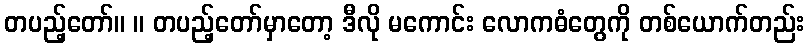
တပည့်တော်။ ။ တပည့်တော်မှာတော့ ဒီလို မကောင်း လောကဓံတွေကို တစ်ယောက်တည်း